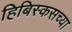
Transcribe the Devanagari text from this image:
हिबिस्कसच्या